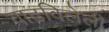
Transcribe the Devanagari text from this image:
वाढविलेली